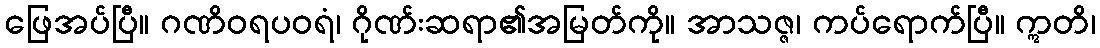
ဖြေအပ်ပြီ။ ဂဏိဝရပဝရံ၊ ဂိုဏ်းဆရာ၏အမြတ်ကို။ အာသဇ္ဇ၊ ကပ်ရောက်ပြီ။ ဣတိ၊